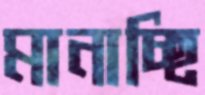
মানাচ্ছি